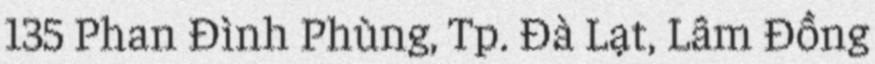
135 Phan Đình Phùng, Tp. Đà Lạt, Lâm Đồng